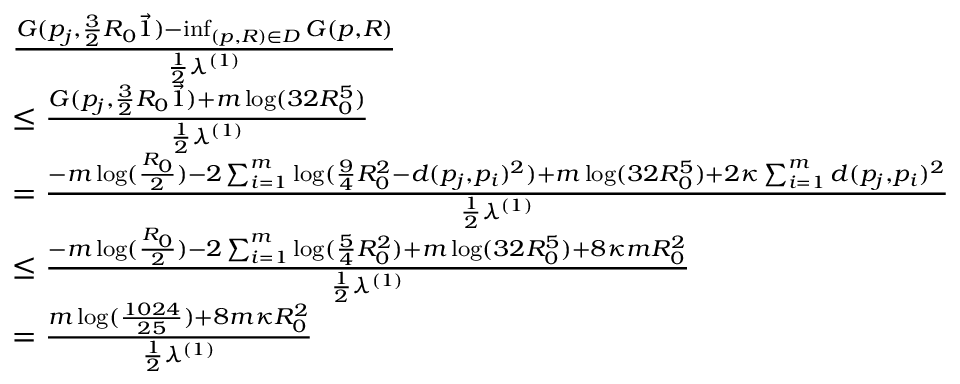
\begin{array} { r l } & { \frac { G ( p _ { j } , \frac 3 2 R _ { 0 } \vec { 1 } ) - \operatorname* { i n f } _ { ( p , R ) \in D } G ( p , R ) } { \frac 1 2 \lambda ^ { ( 1 ) } } } \\ & { \leq \frac { G ( p _ { j } , \frac { 3 } { 2 } R _ { 0 } \vec { 1 } ) + m \log ( 3 2 R _ { 0 } ^ { 5 } ) } { \frac { 1 } { 2 } \lambda ^ { ( 1 ) } } } \\ & { = \frac { - m \log ( \frac { R _ { 0 } } { 2 } ) - 2 \sum _ { i = 1 } ^ { m } \log ( \frac { 9 } { 4 } R _ { 0 } ^ { 2 } - d ( p _ { j } , p _ { i } ) ^ { 2 } ) + m \log ( 3 2 R _ { 0 } ^ { 5 } ) + 2 \kappa \sum _ { i = 1 } ^ { m } d ( p _ { j } , p _ { i } ) ^ { 2 } } { \frac { 1 } { 2 } \lambda ^ { ( 1 ) } } } \\ & { \leq \frac { - m \log ( \frac { R _ { 0 } } { 2 } ) - 2 \sum _ { i = 1 } ^ { m } \log ( \frac { 5 } { 4 } R _ { 0 } ^ { 2 } ) + m \log ( 3 2 R _ { 0 } ^ { 5 } ) + 8 \kappa m R _ { 0 } ^ { 2 } } { \frac { 1 } { 2 } \lambda ^ { ( 1 ) } } } \\ & { = \frac { m \log ( \frac { 1 0 2 4 } { 2 5 } ) + 8 m \kappa R _ { 0 } ^ { 2 } } { \frac { 1 } { 2 } \lambda ^ { ( 1 ) } } } \end{array}